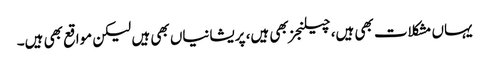
یہاں مشکلات بھی ہیں، چیلنجز بھی ہیں، پریشانیاں بھی ہیں لیکن مواقع بھی ہیں۔